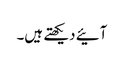
آئیے دیکھتے ہیں۔